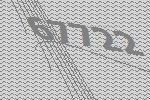
67722